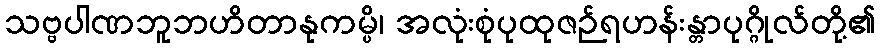
သဗ္ဗပါဏဘူဘဟိတာနုကမ္ပိ၊ အလုံးစုံပုထုဇဉ်ရဟန်းန္တာပုဂ္ဂိုလ်တို့၏